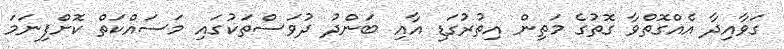
ގަވާއިދާ އެއްގޮތްވާ ގޮތުގެ މަތިން އިތުރުގަޑި އާއި ބަންދު ދުވަސްތަކުގައި މަސައްކަތް ކޮށްފިނަމަ